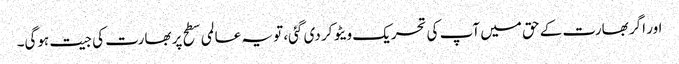
اور اگر بھارت کے حق میں آپ کی تحریک ویٹو کر دی گئی، تو یہ عالمی سطح پر بھارت کی جیت ہوگی۔